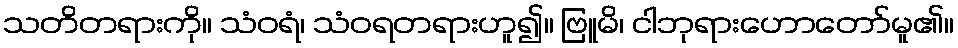
သတိတရားကို။ သံဝရံ၊ သံဝရတရားဟူ၍။ ဗြူမိ၊ ငါဘုရားဟောတော်မူ၏။